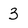
Character: 3